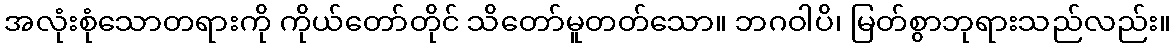
အလုံးစုံသောတရားကို ကိုယ်တော်တိုင် သိတော်မူတတ်သော။ ဘဂဝါပိ၊ မြတ်စွာဘုရားသည်လည်း။